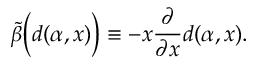
\tilde { \beta } \Big ( d ( \alpha , x ) \Big ) \equiv - x \frac { \partial } { \partial x } d ( \alpha , x ) .